Vaccination United Provinces of Agra and Oudh 1902-1913 - 1902-1913
Year: 1902
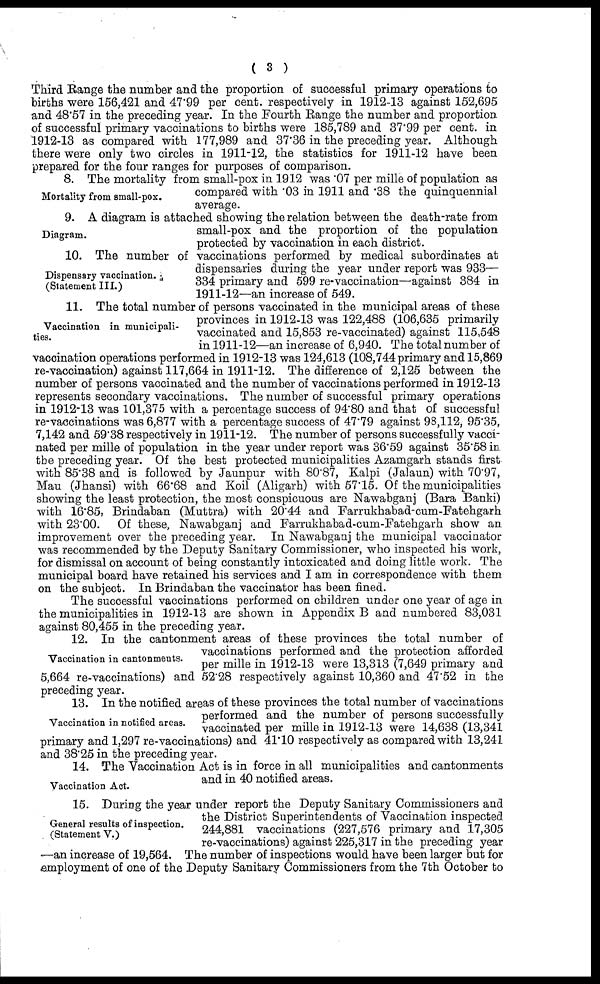
( 3 )
Third Range the number and the proportion of successful primary operations to
births were 156,421 and 47.99 per cent. respectively in 1912-13 against 152,695
and 48.57 in the preceding year. In the Fourth Range the number and proportion
of successful primary vaccinations to births were 185,789 and 37.99 per cent. in
1912-13 as compared with 177,989 and 37.36 in the preceding year. Although
there were only two circles in 1911-12, the statistics for 1911-12 have been
prepared for the four ranges for purposes of comparison.
Mortality from small-pox.
8. The mortality from small-pox in 1912 was .07 per mille of population as
compared with .03 in 1911 and .38 the quinquennial
average.
Diagram.
9. A diagram is attached showing the relation between the death-rate from
small-pox and the proportion of the population
protected by vaccination in each district.
Dispensary vaccination.
(Statement III.)
10. The number of vaccinations performed by medical subordinates at
dispensaries during the year under report was 933—
334 primary and 599 re-vaccination—against 384 in
1911-12—an increase of 549.
Vaccination in municipali-
ties.
11. The total number of persons vaccinated in the municipal areas of these
provinces in 1912-13 was 122,488 (106,635 primarily
vaccinated and 15,853 re-vaccinated) against 115,548
in 1911-12—an increase of 6,940. The total number of
vaccination operations performed in 1912-13 was 124,613 (108,744 primary and 15,869
re-vaccination) against 117,664 in 1911-12. The difference of 2,125 between the
number of persons vaccinated and the number of vaccinations performed in 1912-13
represents secondary vaccinations. The number of successful primary operations
in 1912-13 was 101,375 with a percentage success of 94.80 and that of successful
re-vaccinations was 6,877 with a percentage success of 47.79 against 98,112, 95.35,
7,142 and 59.38 respectively in 1911-12. The number of persons successfully vacci-
nated per mille of population in the year under report was 36.59 against 35.58 in
the preceding year. Of the best protected municipalities Azamgarh stands first
with 85.38 and is followed by Jaunpur with 80.87, Kalpi (Jalaun) with 70.97,
Mau (Jhansi) with 66.68 and Koil (Aligarh) with 57.15. Of the municipalities
showing the least protection, the most conspicuous are Nawabganj (Bara Banki)
with 16.85, Brindaban (Muttra) with 20.44 and Farrukhabad-cum-Fatehgarh
with 23.00. Of these, Nawabganj and Farrukhabad-cum-Fatehgarh show an
improvement over the preceding year. In Nawabganj the municipal vaccinator
was recommended by the Deputy Sanitary Commissioner, who inspected his work,
for dismissal on account of being constantly intoxicated and doing little work. The
municipal board have retained his services and I am in correspondence with them
on the subject. In Brindaban the vaccinator has been fined.
The successful vaccinations performed on children under one year of age in
the municipalities in 1912-13 are shown in Appendix B and numbered 83,031
against 80,455 in the preceding year.
Vaccination in cantonments.
12. In the cantonment areas of these provinces the total number of
vaccinations performed and the protection afforded
per mille in 1912-13 were 13,313 (7,649 primary and
5,664 re-vaccinations) and 52.28 respectively against 10,360 and 47.52 in the
preceding year.
Vaccination in notified areas.
13. In the notified areas of these provinces the total number of vaccinations
performed and the number of persons successfully
vaccinated per mille in 1912-13 were 14,638 (13,341
primary and 1,297 re-vaccinations) and 41.10 respectively as compared with 13,241
and 38.25 in the preceding year.
Vaccination Act.
14. The Vaccination Act is in force in all municipalities and cantonments
and in 40 notified areas.
General results of inspection.
(Statement V.)
15. During the year under report the Deputy Sanitary Commissioners and
the District Superintendents of Vaccination inspected
244,881 vaccinations (227,576 primary and 17,305
re-vaccinations) against 225,317 in the preceding year
—an increase of 19,564. The number of inspections would have been larger but for
employment of one of the Deputy Sanitary Commissioners from the 7th October to